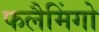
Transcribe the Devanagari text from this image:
फलैमिंगो